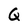
Character: G